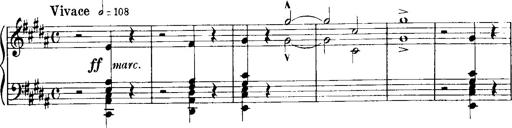
Title: Historische ungarische Bildnisse
Composer: Franz Liszt